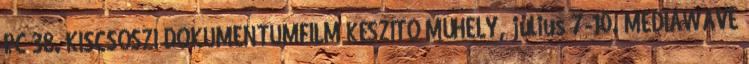
PC 38. KISCSŐSZI DOKUMENTUMFILM KÉSZÍTŐ MŰHELY, július 7-10. MEDIAWAVE